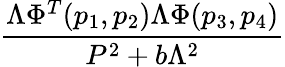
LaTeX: \frac{\Lambda\Phi^{T}(p_{1},p_{2})\Lambda\Phi(p_{3},p_{4})}{P^{2}+b\Lambda^{2}}